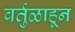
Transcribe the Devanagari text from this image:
वर्तुळाहून